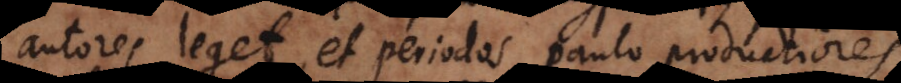
autores leget, et periodos paulo productiores